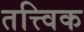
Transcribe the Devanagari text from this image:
तत्त्विक